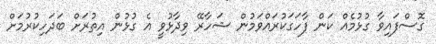
ގޮސްފައިވާ ގުޅުމެއް ކަން ފާހަގަކުރައްވަމުން ޝަހާރޭ ވިދާޅުވީ އެ ގުޅުން އިތުރަށް ބަދަހިކުރުމަށް